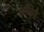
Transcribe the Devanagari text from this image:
फ्रीडिश